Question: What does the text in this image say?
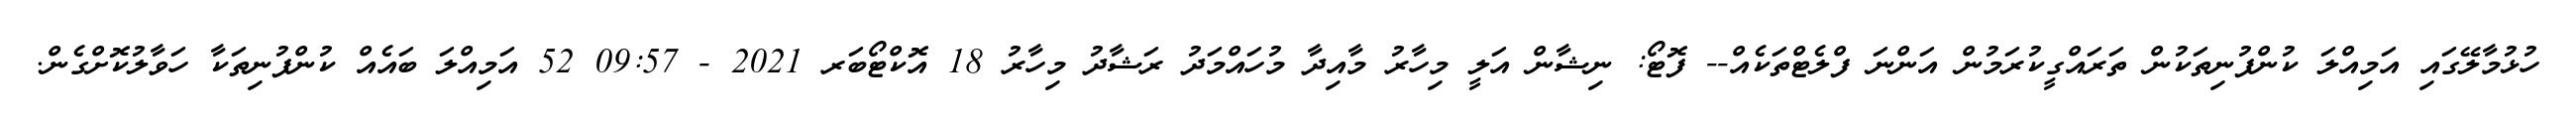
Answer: ހުޅުމާލޭގައި އަމިއްލަ ކުންފުނިތަކުން ތަރައްގީކުރަމުން އަންނަ ފްލެޓްތަކެއް-- ފޮޓޯ: ނިޝާން އަލީ މިހާރު މާއިދާ މުހައްމަދު ރަޝާދު މިހާރު 18 އޮކްޓޯބަރ 2021 - 09:57 52 އަމިއްލަ ބައެއް ކުންފުނިތަކާ ހަވާލުކޮށްގެން.